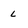
Character: L